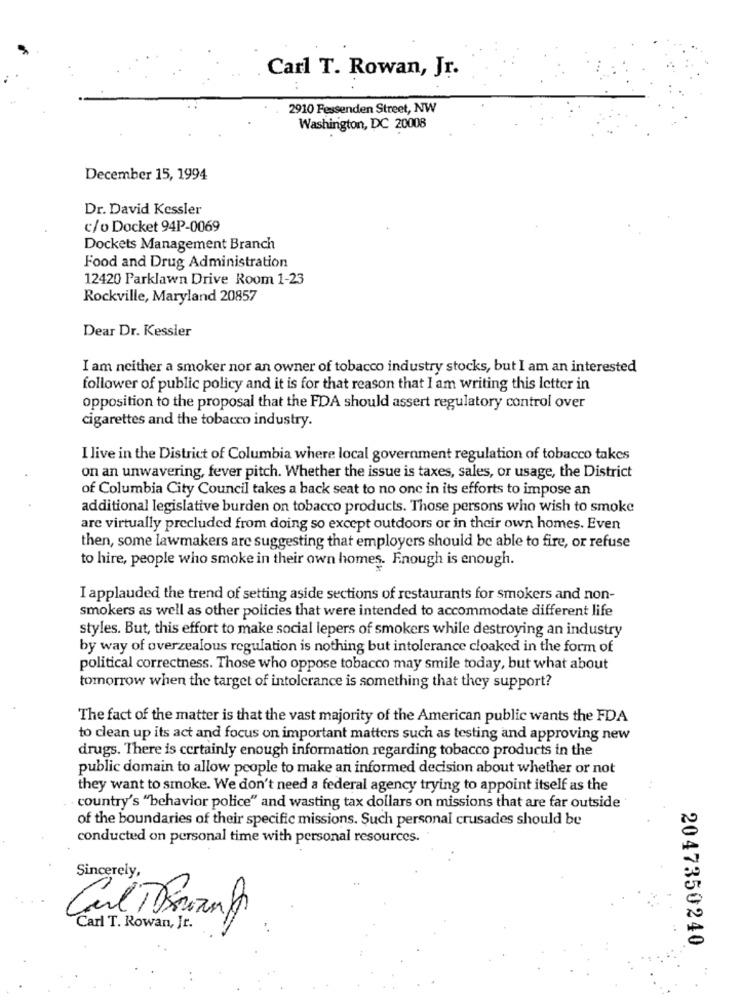
Carl T. Rowan, Jr.
2910 Fessenden Street, NW
Washington, DC 20008
December 15, 1994
Dr. David Kessler
c/o Docket 94P-0069
Dockets Management Branch
Food and Drug Administration
12420 Parklawn Drive Room 1-23
Rockville, Maryland 20857
Dear Dr. Kessler
I am neither a smoker nor an owner of tobacco industry stocks, but I am an interested
follower of public policy and it is for that reason that I am writing this letter in
opposition to the proposal that the FDA should assert regulatory control over
cigarettes and the tobacco industry.
I live in the District of Columbia where local government regulation of tobacco takes
on an unwavering, fever pitch. Whether the issue is taxes, sales, or usage, the District
of Columbia City Council takes a back seat to no one in its efforts to impose an
additional legislative burden on tobacco products. Those persons who wish to smoke
are virtually precluded from doing so except outdoors or in their own homes. Even
then, some lawmakers are suggesting that employers should be able to fire, or refuse
to hire, people who smoke in their own homes. Enough is enough.
I applauded the trend of setting aside sections of restaurants for smokers and non-
smokers as well as other policies that were intended to accommodate different life
styles. But, this effort to make social lepers of smokers while destroying an industry
by way of overzealous regulation is nothing but intolerance cloaked in the form of
political correctness. Those who oppose tobacco may smile today, but what about
tomorrow when the target of intolerance is something that they support?
The fact of the matter is that the vast majority of the American public wants the FDA
to clean up its act and focus on important matters such as testing and approving new
drugs. There is certainly enough information regarding tobacco products in the
public domain to allow people to make an informed decision about whether or not
they want to smoke. We don't need a federal agency trying to appoint itself as the
country's "behavior police" and wasting tax dollars on missions that are far outside
of the boundaries of their specific missions. Such personal crusades should be
conducted on personal time with personal resources.
Sincerely,
Carl T. Rowan, Jr.
2047350240